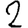
Digit: 2